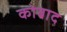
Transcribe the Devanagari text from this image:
कोबाद